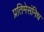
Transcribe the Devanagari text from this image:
प्रतिमेसंनिध